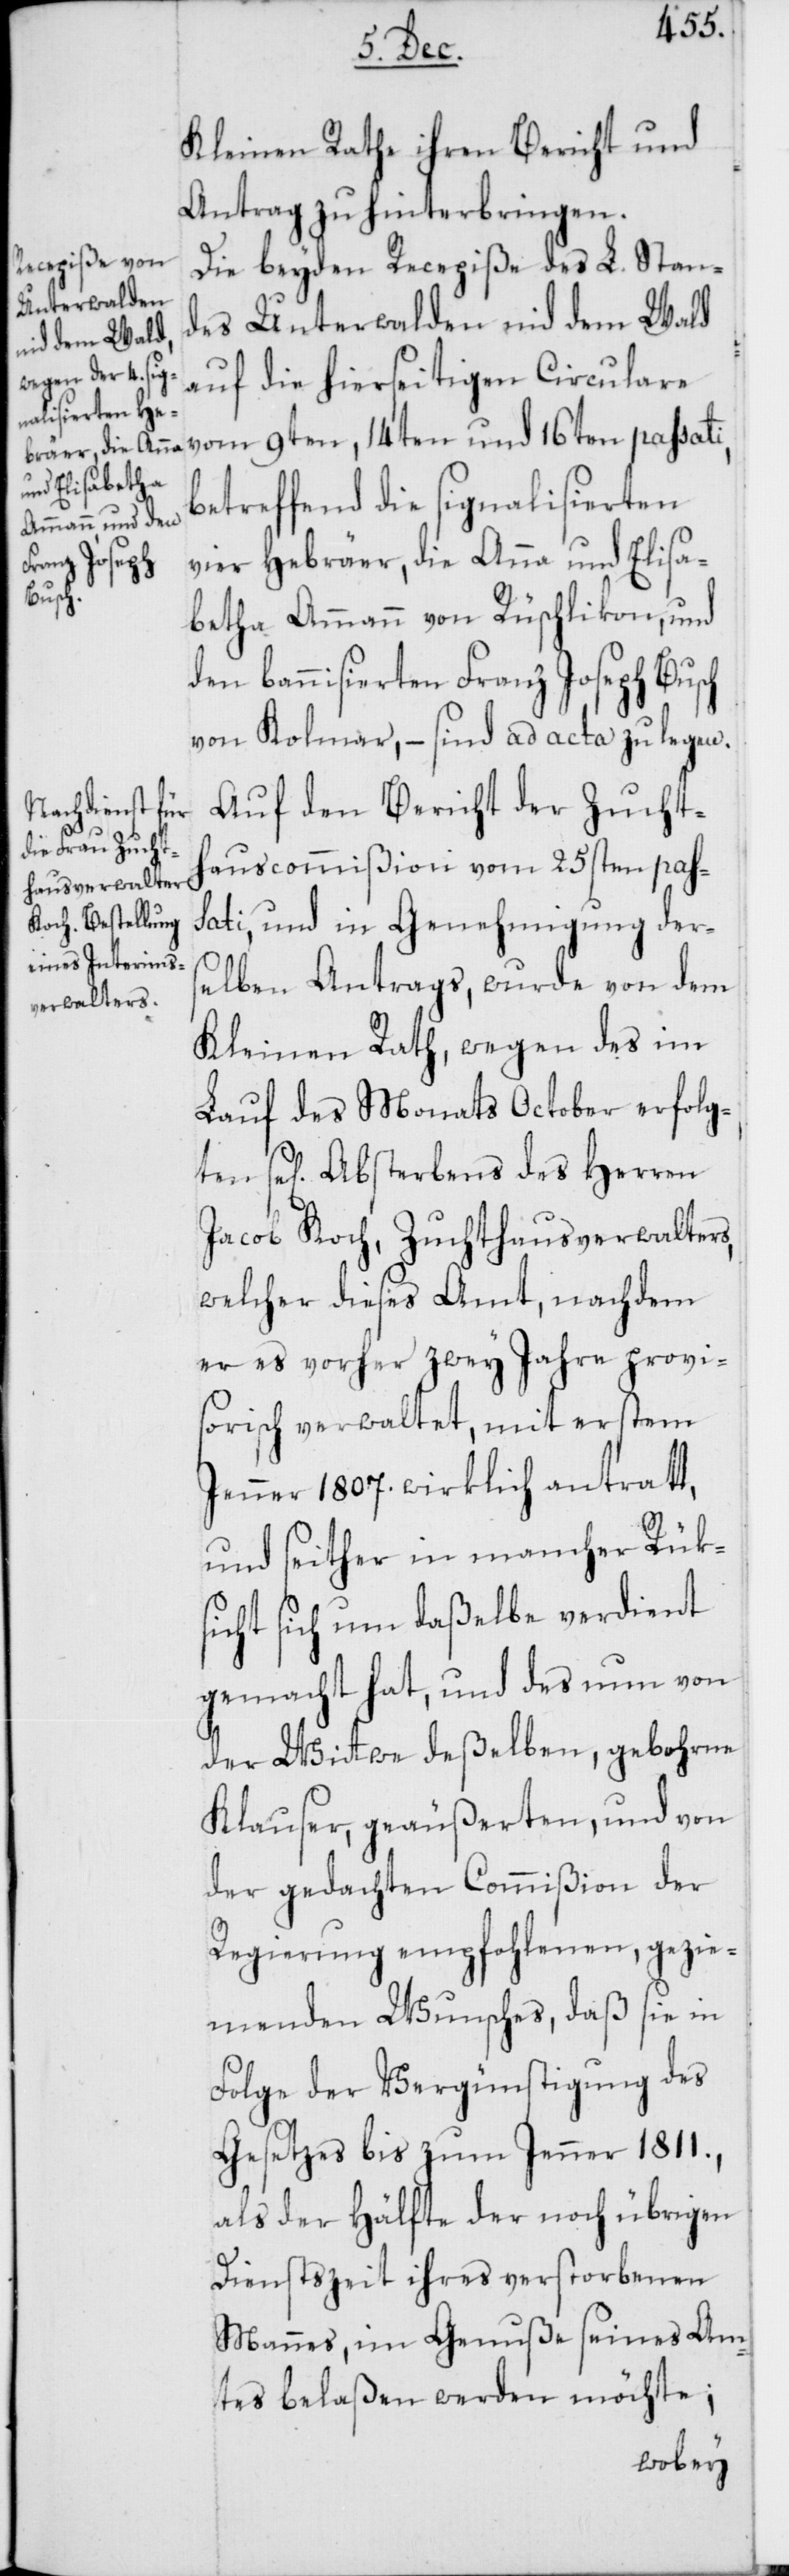
ten se[lig¬

Kleinen Rathe ihren Bericht und
Antrag zu hinterbringen.
Die beyden Recepiße des L. Stan¬
des Unterwalden nid dem Wald
auf die hierseitigen Circulare
vom 9ten, 14ten und 16ten passati,
betreffend die signalisierten
vier Hebräer, die Anna und Elisa¬
betha Ammann von Rüschlikon, und
den bannisierten Franz Joseph Busch
von Kolmar, – sind ad acta zu legen.
Auf den Bericht der Zuchth¬
auscommißion vom 25sten pass¬
ati, und in Genehmigung der¬
selben Antrags, wurde von dem
Kleinen Rath wegen des im
Lauf des Monats October erfolg¬
en] Absterbens des Herren
Jacob Koch, Zuchthausverwalters,
welcher dieses Amt, nachdem
er es vorher zwey Jahre provis¬
orisch verwaltet, mit erstem
Jenner 1807. wirklich antratt,
und seither in mancher Rük¬
sicht sich um daßelbe verdient
gemacht hat, und des nun von
der Wittwe deßelben, gebohrne
Klauser, geäußerten, und von
der gedachten Commißion der
Regierung empfohlenen, gezie¬
menden Wunsches, daß sie in
Folge der Vergünstigung des
Gesetzes bis zum Jenner 1811.,
als der Hälfte der noch übrigen
Dienstszeit ihres verstorbenen
Mannes, im Genuße seines Am¬
tes belaßen werden möchte;